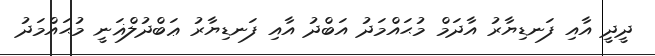
ދީދީ އާއި ފަނޑިޔާރު އާދަމް މުޙައްމަދު އަބްދު އާއި ފަނޑިޔާރު ޢަބްދުލްޣަނީ މުޙައްމަދު